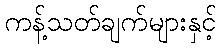
ကန့်သတ်ချက်များနှင့်